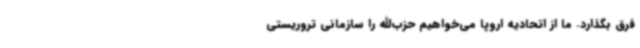
فرق بگذارد. ما از اتحادیه اروپا می‌خواهیم حزب‌الله را سازمانی تروریستی